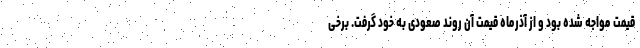
قیمت مواجه شده بود و از آذرماه قیمت آن روند صعودی به خود گرفت. برخی